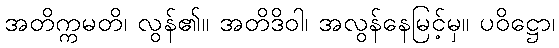
အတိက္ကမတိ၊ လွန်၏။ အတိဒိဝါ၊ အလွန်နေမြင့်မှ။ ပဝိဋ္ဌော၊